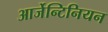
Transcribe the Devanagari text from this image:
आर्जेन्टिनियन